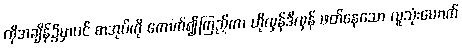
ထိုအချိန်၌မှာပင် စာအုပ်ကို ကောက်၍ကြည့်ကာ ဟိုလှန်ဒီလှန် ဖတ်နေသော လူသုံးယောက်